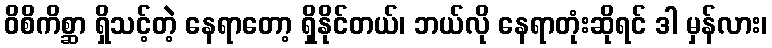
ဝိစိကိစ္ဆာ ရှိသင့်တဲ့ နေရာတော့ ရှိနိုင်တယ်၊ ဘယ်လို နေရာတုံးဆိုရင် ဒါ မှန်လား၊